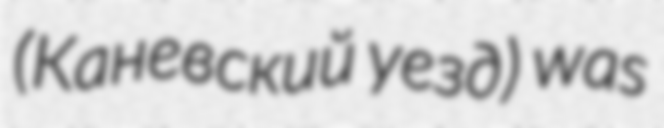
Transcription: (Каневский уезд) was